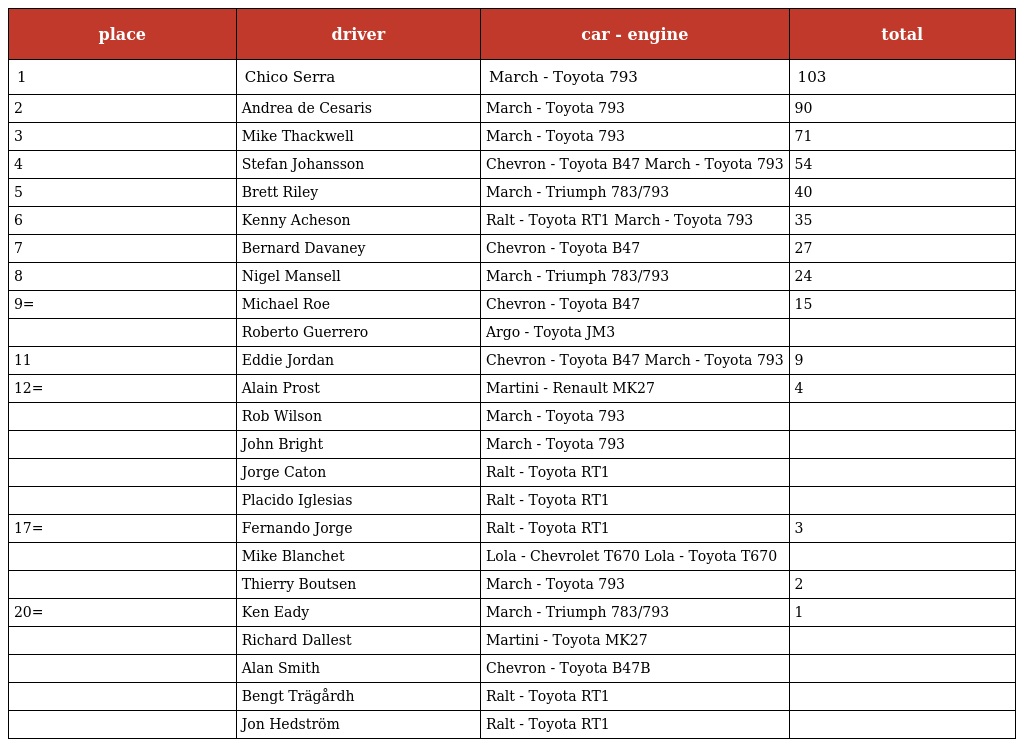
| place | driver | car - engine | total |
 | --- | --- | --- | --- |
 | 1 | Chico Serra | March - Toyota 793 | 103 |
 | 2 | Andrea de Cesaris | March - Toyota 793 | 90 |
 | 3 | Mike Thackwell | March - Toyota 793 | 71 |
 | 4 | Stefan Johansson | Chevron - Toyota B47 March - Toyota 793 | 54 |
 | 5 | Brett Riley | March - Triumph 783/793 | 40 |
 | 6 | Kenny Acheson | Ralt - Toyota RT1 March - Toyota 793 | 35 |
 | 7 | Bernard Davaney | Chevron - Toyota B47 | 27 |
 | 8 | Nigel Mansell | March - Triumph 783/793 | 24 |
 | 9= | Michael Roe | Chevron - Toyota B47 | 15 |
 |  | Roberto Guerrero | Argo - Toyota JM3 |  |
 | 11 | Eddie Jordan | Chevron - Toyota B47 March - Toyota 793 | 9 |
 | 12= | Alain Prost | Martini - Renault MK27 | 4 |
 |  | Rob Wilson | March - Toyota 793 |  |
 |  | John Bright | March - Toyota 793 |  |
 |  | Jorge Caton | Ralt - Toyota RT1 |  |
 |  | Placido Iglesias | Ralt - Toyota RT1 |  |
 | 17= | Fernando Jorge | Ralt - Toyota RT1 | 3 |
 |  | Mike Blanchet | Lola - Chevrolet T670 Lola - Toyota T670 |  |
 |  | Thierry Boutsen | March - Toyota 793 | 2 |
 | 20= | Ken Eady | March - Triumph 783/793 | 1 |
 |  | Richard Dallest | Martini - Toyota MK27 |  |
 |  | Alan Smith | Chevron - Toyota B47B |  |
 |  | Bengt Trägårdh | Ralt - Toyota RT1 |  |
 |  | Jon Hedström | Ralt - Toyota RT1 |  |